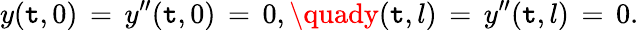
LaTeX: y(\mathtt{t},0)\, =\, y^{\prime\prime}(\mathtt{t},0)\, =\, 0,\quady(\mathtt{t},l)\, =\, y^{\prime\prime}(\mathtt{t},l)\, =\, 0.